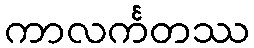
ကာလင်္ကတဿ